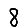
Digit: 8